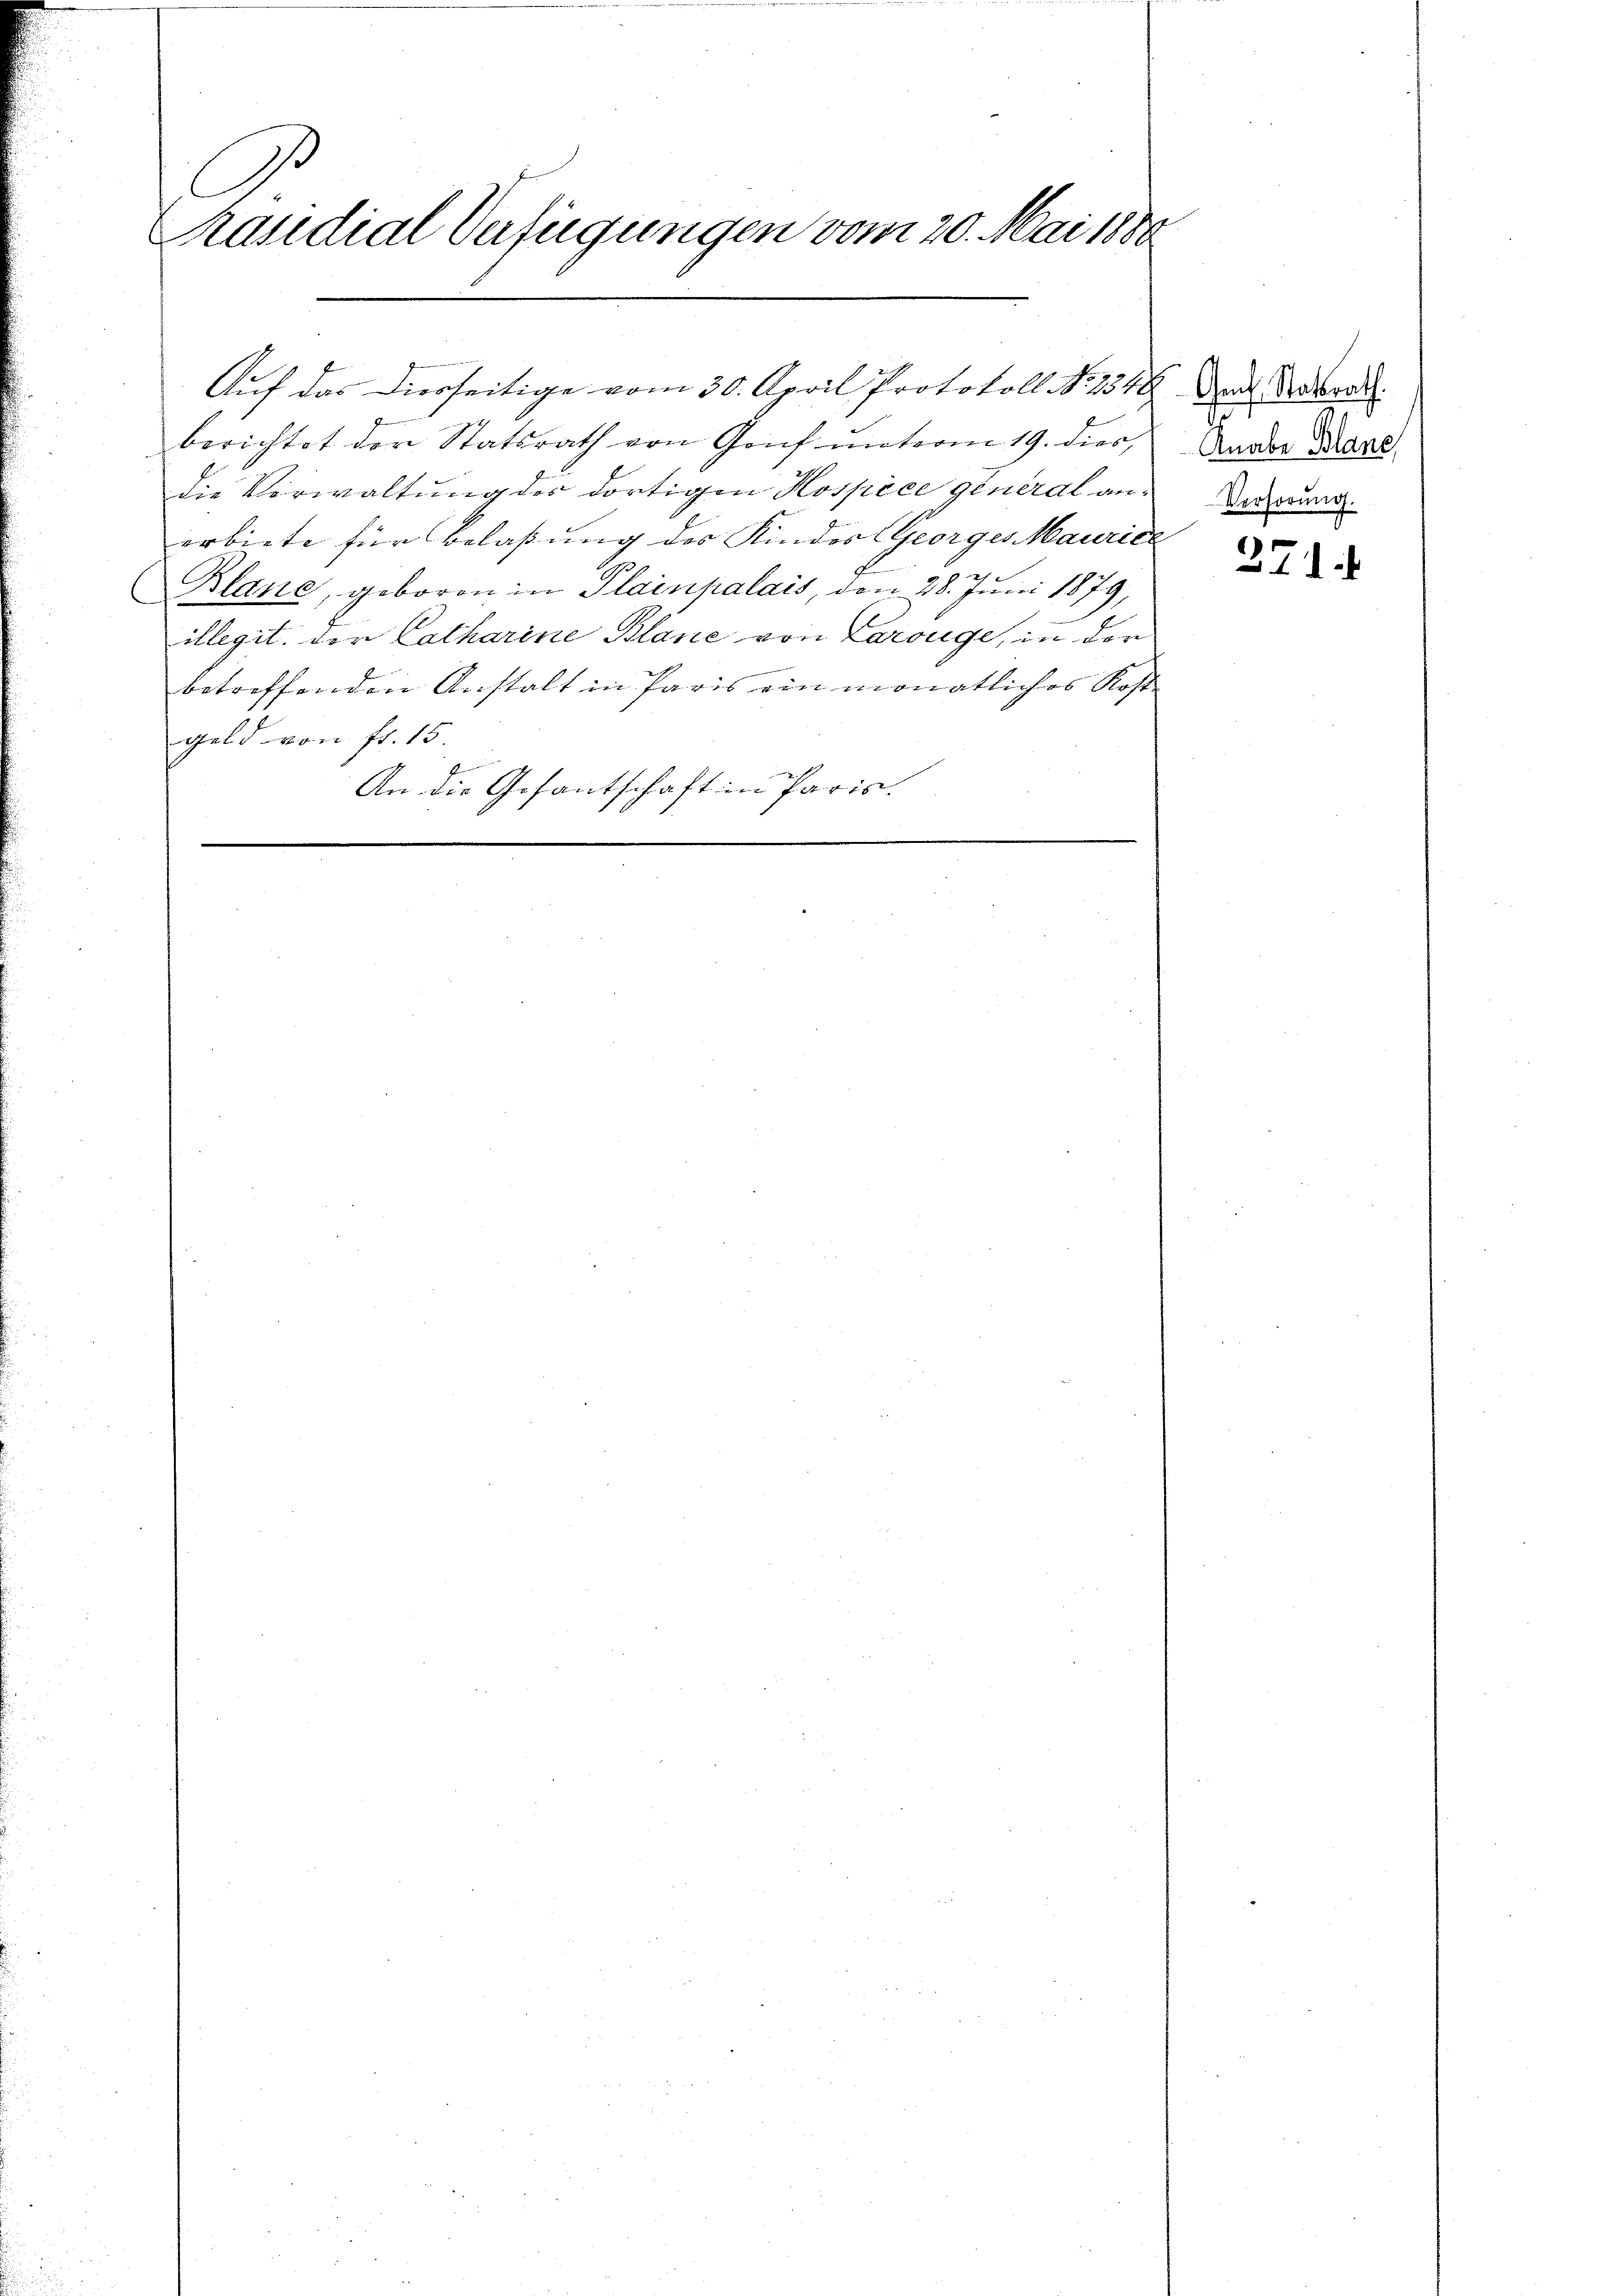
C
Praudial-Verfügungen vom 20. Mai 1888

berichtet der Statsrath von Genf unterm 19. dies,
die Verwaltung der dortigen Hospice general anerbiete für Belassung des Kindes Georges Maurice
E
Blane, geboren in Plainpalais, den 28. Juni 1879,
illegit der Catharine Blane von Larouge, in der
betreffenden Anstalt in Paris ein monatliches Kost
geld von fl. 15.
gern der
An die Gesantschaft in Paris.
e

Auf das Diesseitige vom 30. April Protokoll No 1340

Genf Statsrath.
.
Knabe Blane,
Verhörung.

.
11.